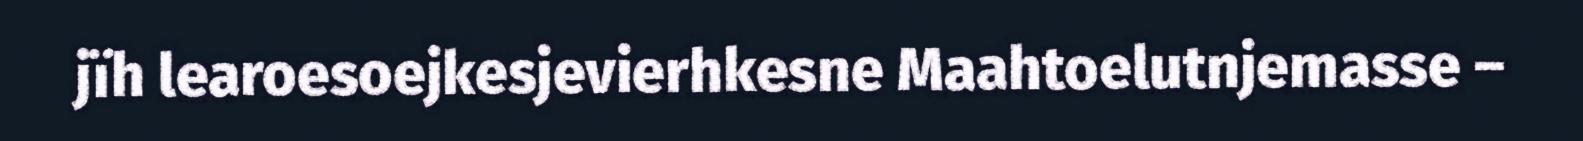
jïh learoesoejkesjevierhkesne Maahtoelutnjemasse –